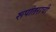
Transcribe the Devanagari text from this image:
रूपांतराची